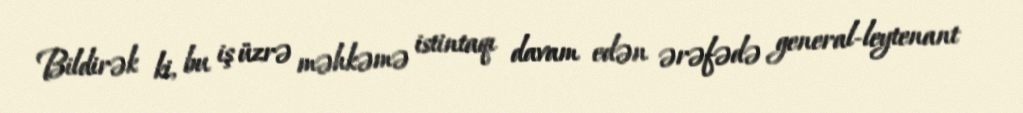
Bildirək ki, bu iş üzrə məhkəmə istintaqı davam edən ərəfədə general-leytenant